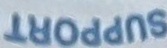
SUPPORT